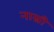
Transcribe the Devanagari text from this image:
नास्री